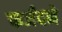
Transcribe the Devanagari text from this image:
फर्जंदने